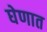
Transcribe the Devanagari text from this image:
घेणात